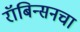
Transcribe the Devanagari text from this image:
रॉबिन्सनचा